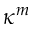
\kappa ^ { m }